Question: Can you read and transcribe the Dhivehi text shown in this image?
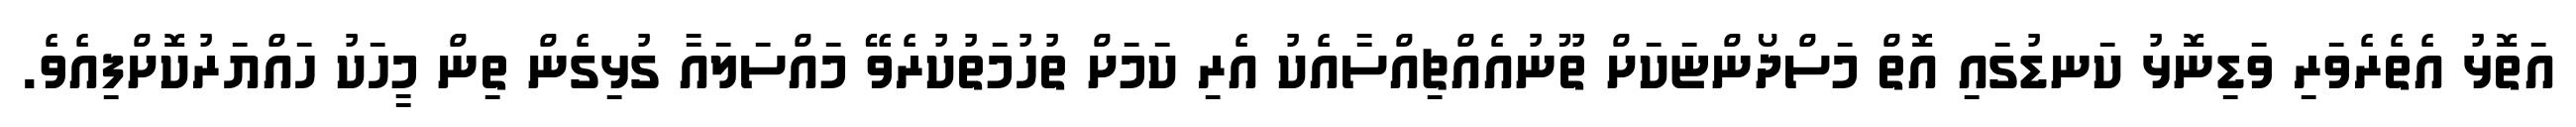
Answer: އަތޮޅު އެތެރެވަރި ވަޑިނޮޅު ކަނޑުގައި އޮތް މަސްދޯންޏަކަށް ތޫނުއެއްޗިއްސާއެކު އެރި ކަމަށް ތުހުމަތުކުރެވޭ މައްސަލައާ ގުޅިގެން ތިން މީހަކު ހައްޔަރުކޮށްފިއެވެ.